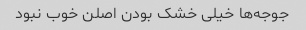
جوجه‌ها خیلی خشک بودن اصلن خوب نبود